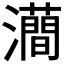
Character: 𤃦